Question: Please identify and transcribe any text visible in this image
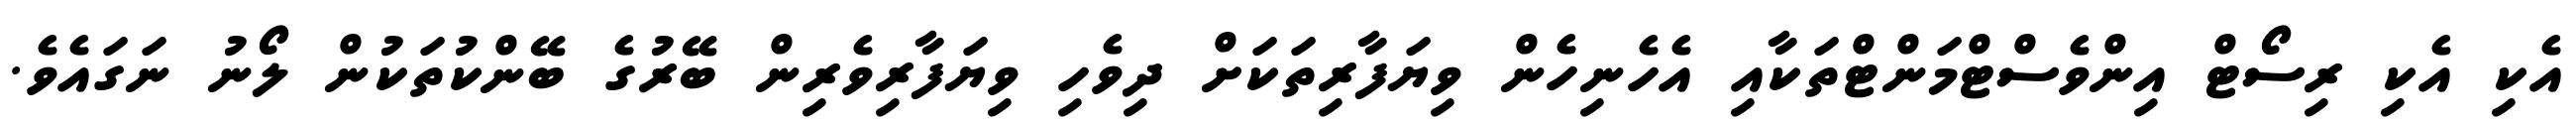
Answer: އެކި އެކި ރިސޯޓް އިންވެސްޓްމަންޓްތަކާއި އެހެނިހެން ވިޔަފާރިތަކަށް ދިވެހި ވިޔަފާރިވެރިން ބޭރުގެ ބޭންކުތަކުން ލޯނު ނަގައެވެ.